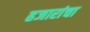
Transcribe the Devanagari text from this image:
हजारांचा